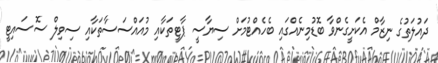
ދައުލަތުގެ ނިޒާމް އެކަށީގެންވާ ބޮޑުމިނެއްގައި ބެހެއްޓުމަށް ސިޔާސީ ޕާޓީތަކާއި މުއައްސަސާތަކާއި ސިވިލް ސޮސައިޓީ